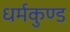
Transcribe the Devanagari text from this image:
धर्मकुण्ड